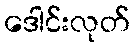
ဒေါင်းလုတ်